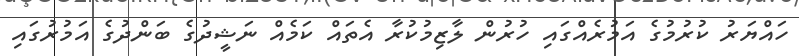
ހައްޔަރު ކުރުމުގެ އަމުރެއްގައި ހުރުން ލާޒިމުކުރާ އެތައް ކަމެއް ނަޝީދުގެ ބަންދުގެ އަމުރުގައި